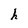
Character: h